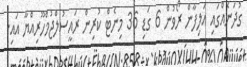
ގުދަނެއްގައި އަލިފާން ރޯވުން 6 ގަޑި 36 މިނެޓް ކުރިން ރައީސުލްޖުމްހޫރިއްޔާ އައި.